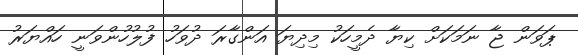
ޕަވަން ޖާ ނަމަކަށް ކިޔާ ދެމީހަކު މިދިޔަ އަންގާރަ ދުވަހު ފުލުހުންވަނީ ހައްޔަރު